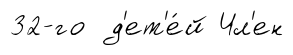
32-го д'ет'е́й Чл'ен